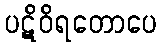
ပဋိဝိရတောပေ